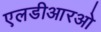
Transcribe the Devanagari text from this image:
एलडीआरओ